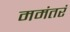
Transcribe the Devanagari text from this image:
ममंतरं